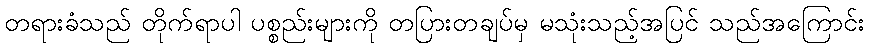
တရားခံသည် တိုက်ရာပါ ပစ္စည်းများကို တပြားတချပ်မှ မသုံးသည့်အပြင် သည်အကြောင်း